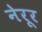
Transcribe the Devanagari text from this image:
नेरूर